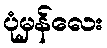
ပုံမှန်လေး